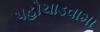
પહોચાડવામા